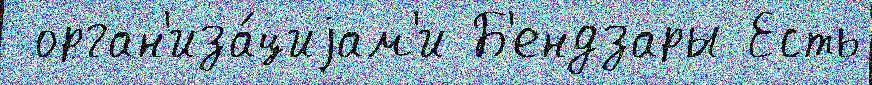
 орган'иза́циjам'и Б'ендзары Есть